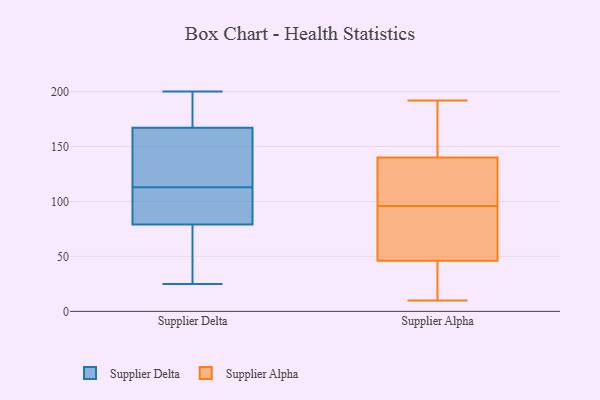
{"axis": {"x": "Satisfaction Score", "y": "Value"}, "legend": ["Supplier Alpha", "Supplier Delta"], "data": [{"x": "", "y": 187, "type": "Supplier Delta"}, {"x": "", "y": 162, "type": "Supplier Delta"}, {"x": "", "y": 86, "type": "Supplier Delta"}, {"x": "", "y": 25, "type": "Supplier Delta"}, {"x": "", "y": 42, "type": "Supplier Delta"}, {"x": "", "y": 108, "type": "Supplier Delta"}, {"x": "", "y": 200, "type": "Supplier Delta"}, {"x": "", "y": 139, "type": "Supplier Delta"}, {"x": "", "y": 113, "type": "Supplier Delta"}, {"x": "", "y": 146, "type": "Supplier Delta"}, {"x": "", "y": 58, "type": "Supplier Delta"}, {"x": "", "y": 182, "type": "Supplier Delta"}, {"x": "", "y": 88, "type": "Supplier Delta"}, {"x": "", "y": 168, "type": "Supplier Alpha"}, {"x": "", "y": 71, "type": "Supplier Alpha"}, {"x": "", "y": 10, "type": "Supplier Alpha"}, {"x": "", "y": 46, "type": "Supplier Alpha"}, {"x": "", "y": 27, "type": "Supplier Alpha"}, {"x": "", "y": 78, "type": "Supplier Alpha"}, {"x": "", "y": 140, "type": "Supplier Alpha"}, {"x": "", "y": 150, "type": "Supplier Alpha"}, {"x": "", "y": 19, "type": "Supplier Alpha"}, {"x": "", "y": 108, "type": "Supplier Alpha"}, {"x": "", "y": 85, "type": "Supplier Alpha"}, {"x": "", "y": 192, "type": "Supplier Alpha"}, {"x": "", "y": 190, "type": "Supplier Alpha"}, {"x": "", "y": 91, "type": "Supplier Alpha"}, {"x": "", "y": 102, "type": "Supplier Alpha"}, {"x": "", "y": 26, "type": "Supplier Alpha"}, {"x": "", "y": 101, "type": "Supplier Alpha"}, {"x": "", "y": 101, "type": "Supplier Alpha"}]}